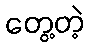
တွေ့တဲ့